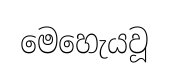
මෙහෙැයවූ